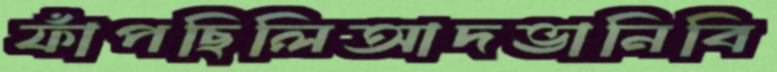
ফাঁপছিলিআদভানিবি